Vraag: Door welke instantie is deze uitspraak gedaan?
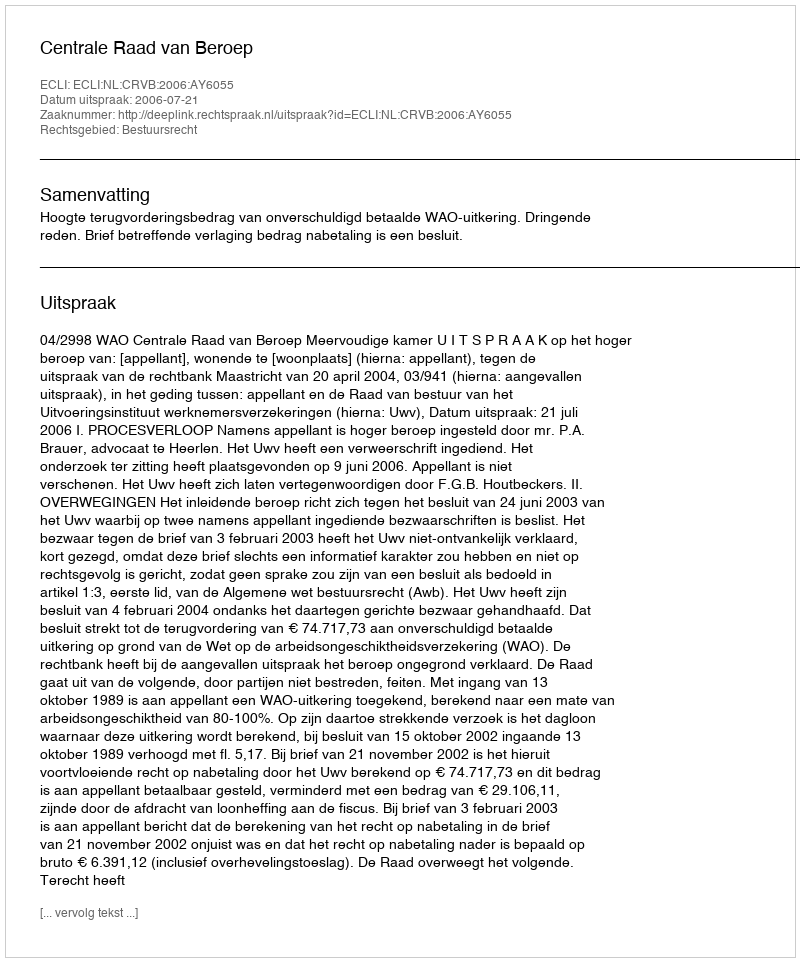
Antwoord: Centrale Raad van Beroep